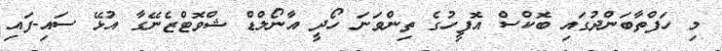
މި ހަފްތާބަންދުގައި ބޮކްސް އޮފީހުގެ ތިންވަނަ ހޯދީ އާނޯލްޑް ޝްވޮޓްޒެނޭގާ އުޅޭ ސައި-ފައި